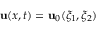
{ \mathbf { u } } ( x , t ) = { \mathbf { u } } _ { 0 } ( \xi _ { 1 } , \xi _ { 2 } )